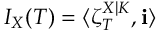
I _ { X } ( T ) = \langle \zeta _ { T } ^ { X | K } , \mathbf { i } \rangle